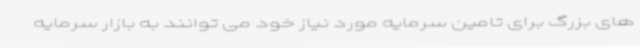
های بزرگ برای تامین سرمایه مورد نیاز خود می توانند به بازار سرمایه